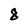
Character: 8